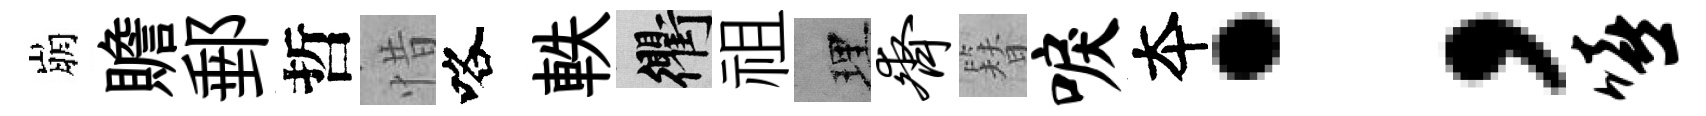
崩贍郵哲惜咯軼衢祖理齐簪唳夲；嘻